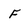
Character: F